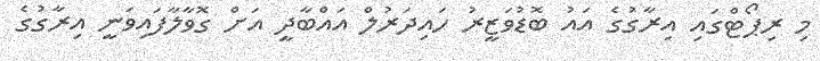
މި ރިޕޯޓްގައި އިރާގުގެ އައު ބޮޑުވަޒީރު ހައިދަރުލް އައްބާދީ އަށް ގޮވާލާފައިވަނީ އިރާގުގެ